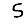
Digit: 5